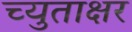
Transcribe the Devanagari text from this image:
च्युताक्षर